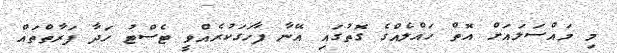
މި މައްސަލައަށް އޮތް ހައްލެއްގެ ގޮތުގައި އޭނާ ފާހަގަކުރެއްވީ ޓެސްޓު ހަދާ ފަރާތްތައް